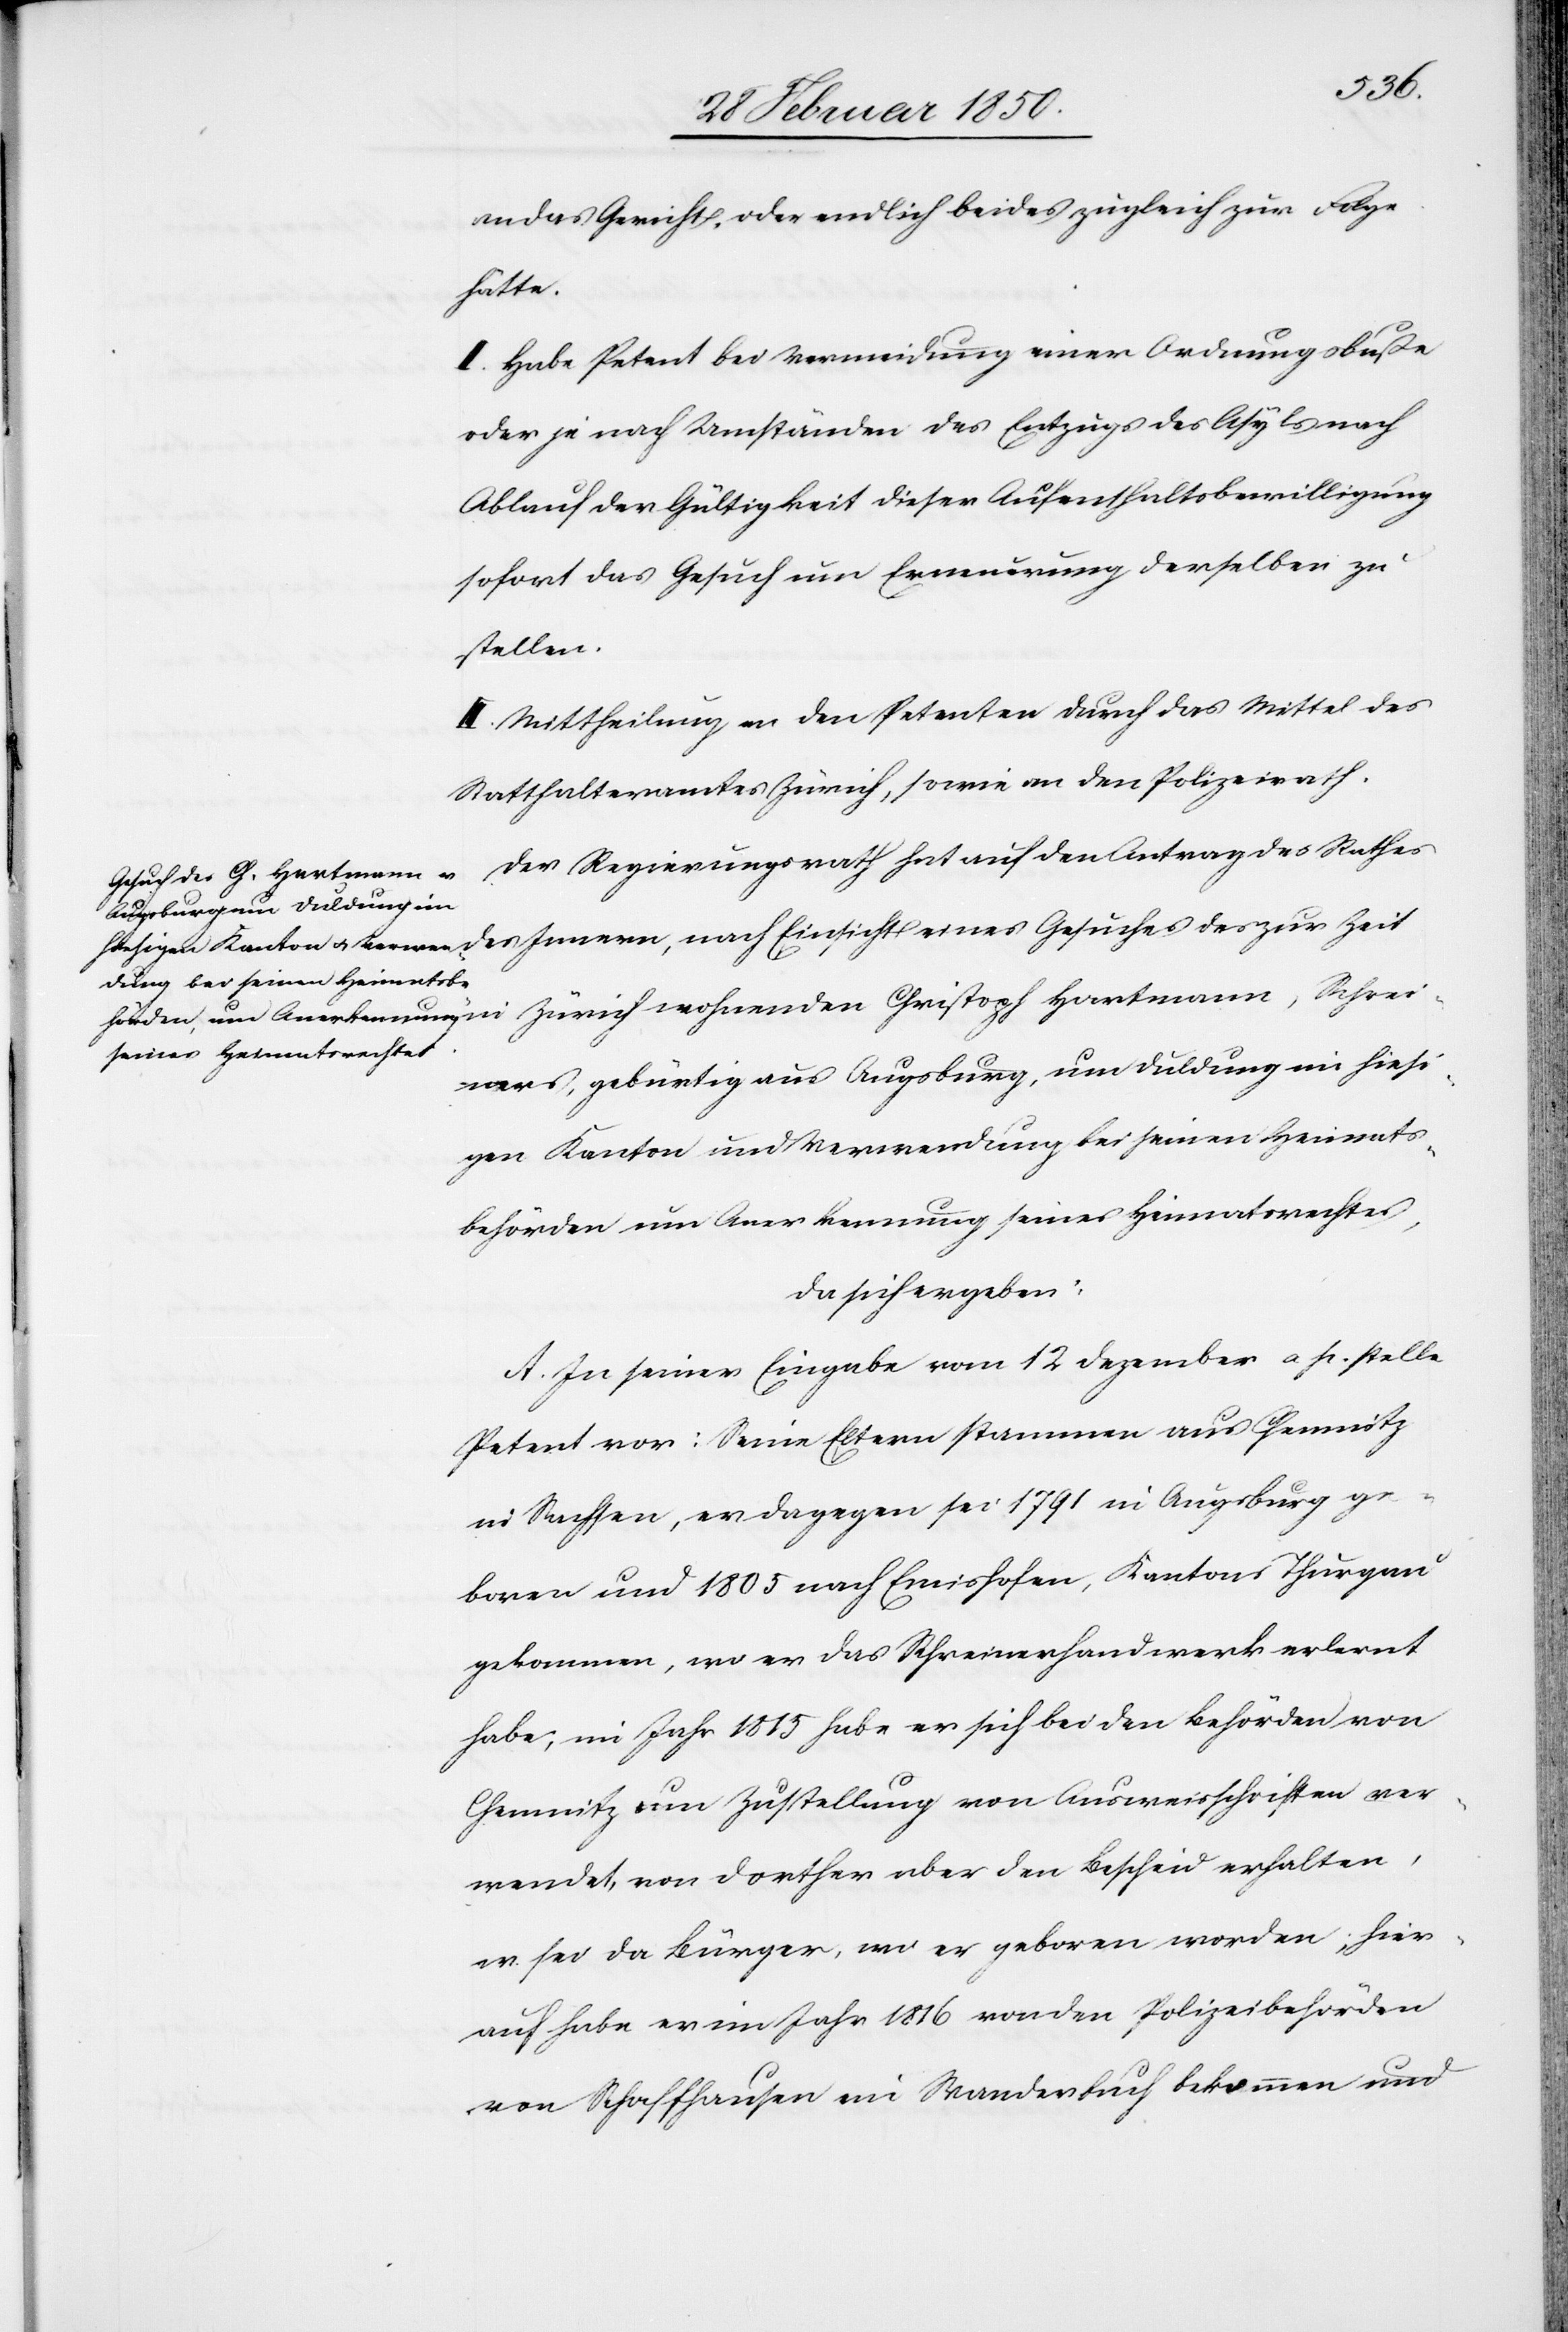
an das Gericht, oder endlich beides zugleich zur Folge
hätte.
II. Habe Petent bei Vermeidung einer Ordnungsbuße
oder je nach Umständen des Entzugs des Asyls nach
Ablauf der Gültigkeit dieser Aufenthaltsbewilligung
sofort das Gesuch um Erneuerung derselben zu
stellen.
III: Mittheilung an den Petenten durch das Mittel des
Statthalteramtes Zürich, sowie an den Polizeirath.
Der Regierungsrath hat auf den Antrag des Rathes
Schre¬
iners, gebürtig aus Augsburg, um Duldung im hiesi¬
gen Kanton und Verwendung bei seinen Heimats¬
behörden um Anerkennung seines Heimatsrechts,
da sich ergeben:
A. In seiner Eingabe vom 12 Dezember a. p. stelle
Petent vor: Seine Eltern stammen aus Chemnitz
in Sachsen, er dagegen sei 1791 in Augsburg ge¬
boren und 1805 nach Emishofen, Kantons Thurgau
gekommen, wo er das Schreinerhandwerk erlernt
habe; im Jahr 1815 habe er sich bei den Behörden von
Chemnitz um Zustellung von Ausweisschriften ver¬
wendet, von dorther aber den Bescheid erhalten,
er sei da Bürger, wo er geboren worden; hier¬
auf habe er im Jahr 1816 von den Polizeibehörden
von Schaffhausen ein Wanderbuch bekommen und